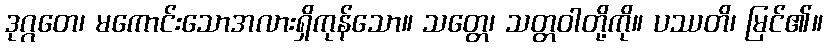
ဒုဂ္ဂတေ၊ မကောင်းသောအလားရှိကုန်သော။ သတ္တေ၊ သတ္တဝါတို့ကို။ ပဿတိ၊ မြင်၏။